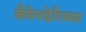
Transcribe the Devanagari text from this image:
लैवेनडेरियस